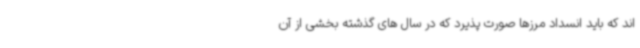
اند که باید انسداد مرزها صورت پذیرد که در سال های گذشته بخشی از آن